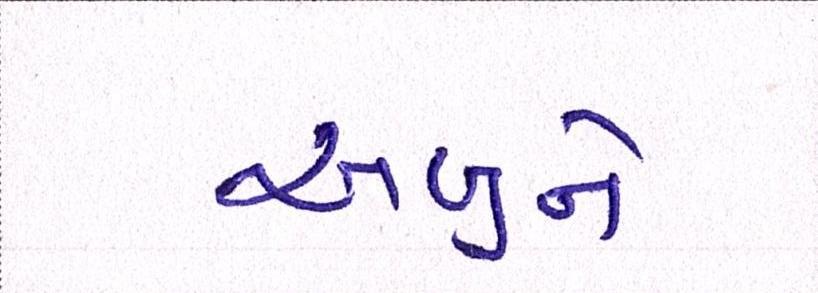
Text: અબુને